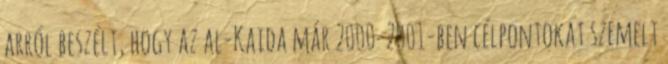
arról beszélt, hogy az al-Kaida már 2000-2001-ben célpontokat szemelt